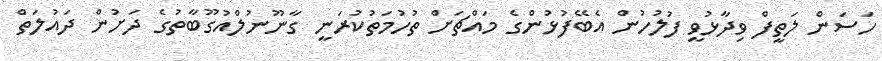
ހަސަން ލަތީފް ވިދާޅުވީ ފުލުހުން އެބޭފުޅުންގެ މައްޗަަށް ތުހުމަތުކުރަނީ ގާނޫނުލްއުގޫބާތުގެ ދަށުން ދައުލަތް